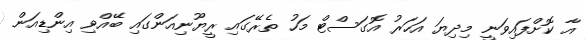
އާ ކޮށްފައިވަނީ މިދިޔަ އަހަރު އޮގަސްޓް މަހު ތެރޭގައި ރީޔޫނިއަންގައި ބޭއްވި އިންޑިއަން